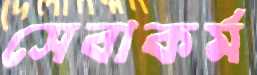
সেবাকর্ম